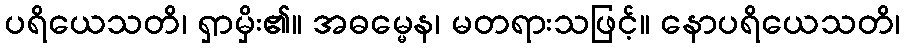
ပရိယေသတိ၊ ရှာမှိး၏။ အဓမ္မေန၊ မတရားသဖြင့်။ နောပရိယေသတိ၊